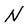
Character: N